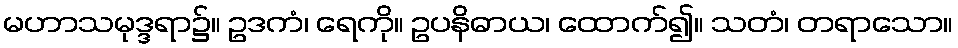
မဟာသမုဒ္ဒရာ၌။ ဥဒကံ၊ ရေကို။ ဥပနိဓာယ၊ ထောက်၍။ သတံ၊ တရာသော။